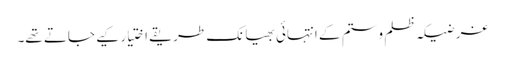
غرضیکہ ظلم وستم کے انتہائی بھیانک طریقے اختیار کیے جاتے تھے۔